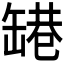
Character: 𬙑